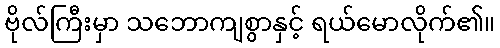
ဗိုလ်ကြီးမှာ သဘောကျစွာနှင့် ရယ်မောလိုက်၏။